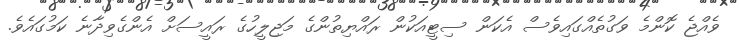
ވެއްޖެ ކޮންމެ ވަގުތެއްގައިވެސް އެކަން ސިޓީއަކުން ރައްޔިތުންގެ މަޖިލީހުގެ ރައީސަށް އެންގެވިދާނެ ކަމުގައެވެ.